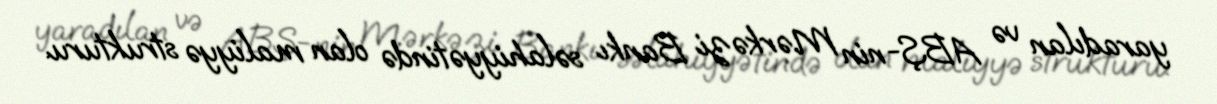
yaradılan və ABŞ-nin Mərkəzi Bankı səlahiyyətində olan maliyyə strukturu.